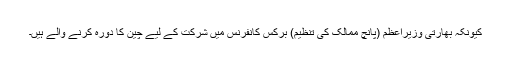
کیونکہ بھارتی وزیراعظم (پانچ ممالک کی تنظیم) برکس کانفرنس میں شرکت کے لیے چین کا دورہ کرنے والے ہیں۔